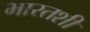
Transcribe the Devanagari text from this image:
भारतशी